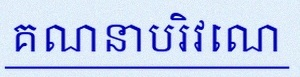
គណនាបរិវេណ